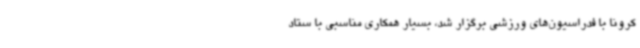
کرونا با فدراسیون‌های ورزشی برگزار شد، بسیار همکاری مناسبی با ستاد